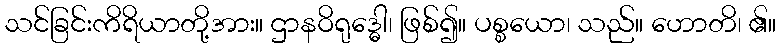
သင်ခြင်းကိရိယာတို့အား။ ဌာနဝိရုဒ္ဓေါ၊ ဖြစ်၍။ ပစ္စယော၊ သည်။ ဟောတိ၊ ၏။